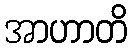
အာဟာတိ